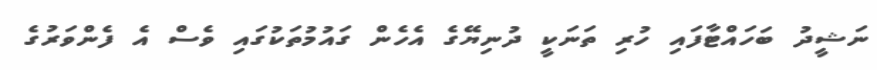
ނަޝީދު ބަހައްޓާފައި ހުރި ތަނަކީ ދުނިޔޭގެ އެހެން ގައުމުތަކުގައި ވެސް އެ ފެންވަރުގެ